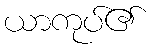
ယာကုပ်၏